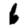
Digit: 6